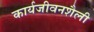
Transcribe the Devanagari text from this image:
कार्यजीवनशैली